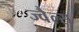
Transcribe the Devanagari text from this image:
ज्वैल्स